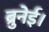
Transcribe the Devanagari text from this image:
ब्रुनेई।